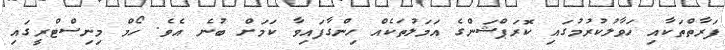
ފަރާތްތަކާއި ހަވާލުކުރުމުގައި ކޮރަޕްޝަންގެ އަމަލުތަކެއް ހިންގާފައިވާ ކަމަށް ބުނެ އެވެ. ހޯމް މިނިސްޓްރީގައި